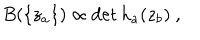
B ( \{ z _ { a } \} ) \propto \det h _ { a } ( z _ { b } ) \ ,